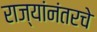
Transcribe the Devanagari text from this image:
राज्यांनंतरचे